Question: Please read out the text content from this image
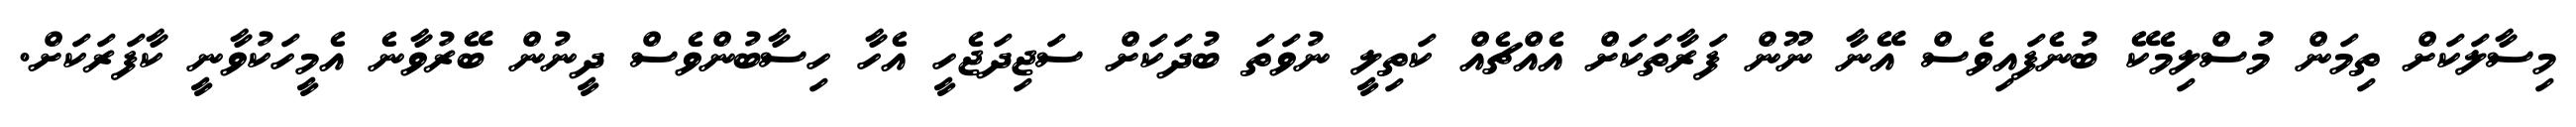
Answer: މިސާލަކަށް ތިމަން މުސްލިމެކޭ ބުނެފައިވެސް އޭނާ ނޫން ފަރާތަކަށް އެއްޗެއް ކަތިލީ ނުވަތަ ބުދަކަށް ސަޖިދަޖެހީ އެހާ ހިސާބުންވެސް ދީނުން ބޭރުވާނެ އެމީހަކުވާނީ ކާފަރަކަށް.